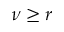
\nu \geq r